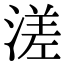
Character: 溠